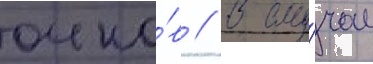
очко́в // В слу́чае